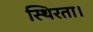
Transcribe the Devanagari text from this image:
स्थिरता।